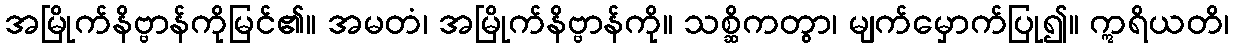
အမြိုက်နိဗ္ဗာန်ကိုမြင်၏။ အမတံ၊ အမြိုက်နိဗ္ဗာန်ကို။ သစ္ဆိကတွာ၊ မျက်မှောက်ပြု၍။ ဣရိယတိ၊